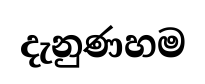
දැනුණහම